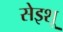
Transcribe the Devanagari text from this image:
सेइशू